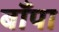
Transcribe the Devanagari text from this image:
बाँपा